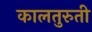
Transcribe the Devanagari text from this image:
कालतुरुती